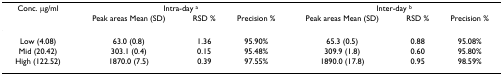
<table><thead><tr><td><b>Conc. μg/ml</b></td><td colspan="3"><b>Intra-day <sup>a</sup></b></td><td colspan="3"><b>Inter-day <sup>b</sup></b></td></tr><tr><td></td><td><b>Peak areas Mean (SD)</b></td><td><b>RSD %</b></td><td><b>Precision %</b></td><td><b>Peak areas Mean (SD)</b></td><td><b>RSD %</b></td><td><b>Precision %</b></td></tr></thead><tbody><tr><td>Low (4.08)</td><td>63.0 (0.8)</td><td>1.36</td><td>95.90%</td><td>65.3 (0.5)</td><td>0.88</td><td>95.08%</td></tr><tr><td>Mid (20.42)</td><td>303.1 (0.4)</td><td>0.15</td><td>95.48%</td><td>309.9 (1.8)</td><td>0.60</td><td>95.80%</td></tr><tr><td>High (122.52)</td><td>1870.0 (7.5)</td><td>0.39</td><td>97.55%</td><td>1890.0 (17.8)</td><td>0.95</td><td>98.59%</td></tr></tbody></table>